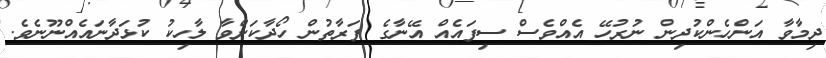
ދިމާވާ އަންހެންކުދިން ނުރުހޭ އެއްވެސް ސިފައެއް އޭނާގެ ފަރާތުން ހޯދާކަށްވާ ލާހިކު ކުޅަދާނައެއްނޫނެވެ.